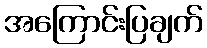
အကြောင်းပြချက်